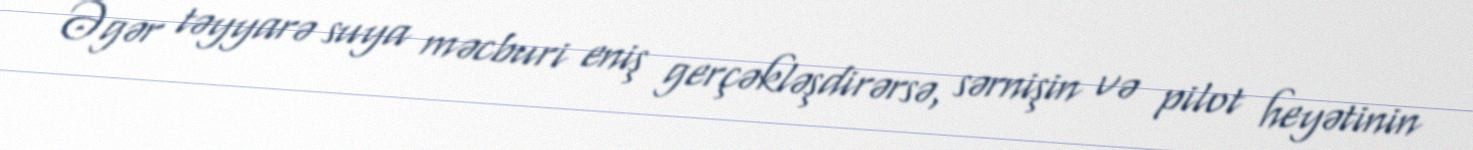
Əgər təyyarə suya məcburi eniş gerçəkləşdirərsə, sərnişin və pilot heyətinin